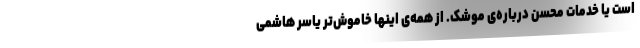
است یا خدمات محسن درباره‌ی موشک. از همه‌ی اینها خاموش‌تر یاسر هاشمی